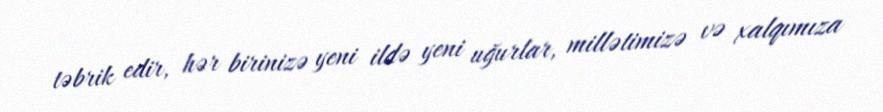
təbrik edir, hər birinizə yeni ildə yeni uğurlar, millətimizə və xalqımıza